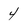
Character: 4